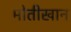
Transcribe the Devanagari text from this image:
मोतीखान